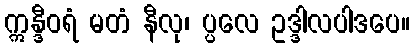
ဣန္ဒီဝရံ မတံ နီလု၊ ပ္ပလေ ဥဒ္ဒါလပါဒပေ။